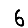
Digit: 6